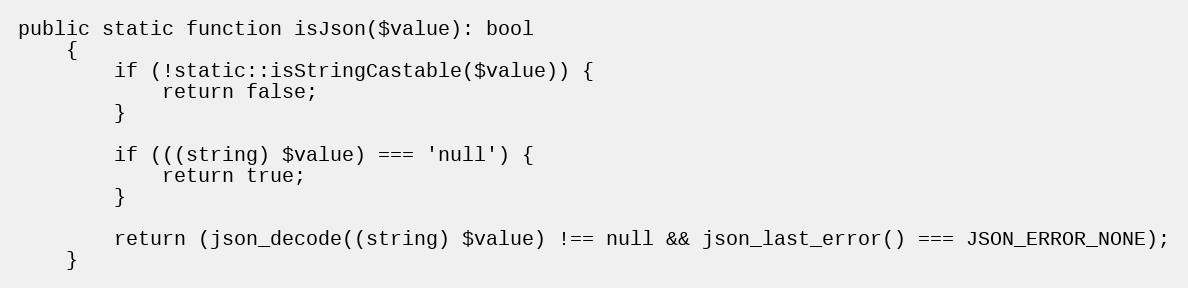
Language: PHP
public static function isJson($value): bool
    {
        if (!static::isStringCastable($value)) {
            return false;
        }

        if (((string) $value) === 'null') {
            return true;
        }

        return (json_decode((string) $value) !== null && json_last_error() === JSON_ERROR_NONE);
    }